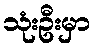
သုံးဦးမှာ